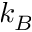
k _ { B }